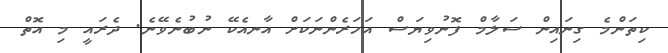
ކިތަންމެ ގިނައިން ސަލާމް ފޮނުވިޔަސް އަހަރެންނަކަށް އާނއެކޭ ނުބުނެވޭނެ. ދެރައީ މި އޮތް